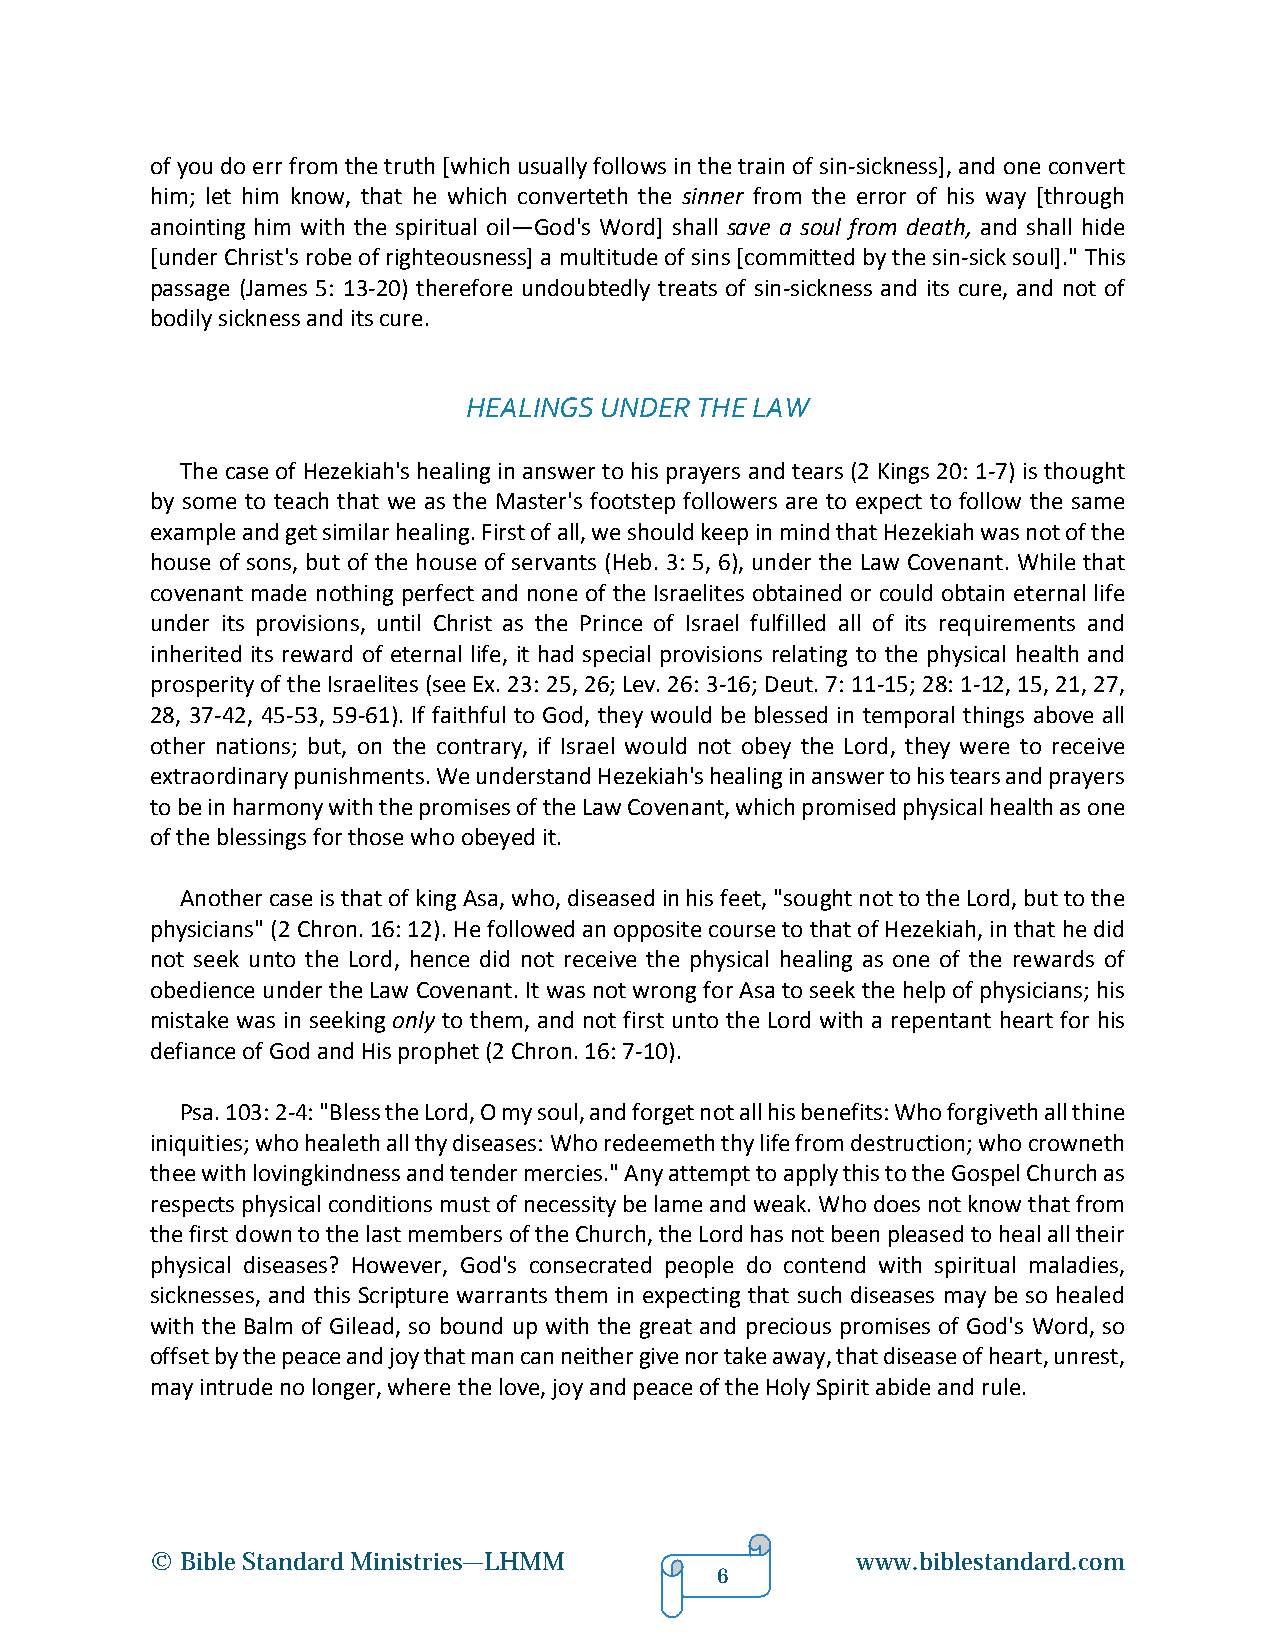
of you do err from the truth [which usually follows in the train of sin-sickness], and one convert
 him; let him know, that he which converteth the sinner from the error of his way [through
 anointing him with the spiritual oil—God's Word] shall save a soul from death, and shall hide
 [under Christ's robe of righteousness] a multitude of sins [committed by the sin-sick soul]." This
 passage (James 5: 13-20) therefore undoubtedly treats of sin-sickness and its cure, and not of
 bodily sickness and its cure.
 HEALINGS UNDER THE LAW
 The case of Hezekiah's healing in answer to his prayers and tears (2 Kings 20: 1-7) is thought
 by some to teach that we as the Master's footstep followers are to expect to follow the same
 example and get similar healing. First of all, we should keep in mind that Hezekiah was not of the
 house of sons, but of the house of servants (Heb. 3: 5, 6), under the Law Covenant. While that
 covenant made nothing perfect and none of the Israelites obtained or could obtain eternal life
 under its provisions, until Christ as the Prince of Israel fulfilled all of its requirements and
 inherited its reward of eternal life, it had special provisions relating to the physical health and
 prosperity of the Israelites (see Ex. 23: 25, 26; Lev. 26: 3-16; Deut. 7: 11-15; 28: 1-12, 15, 21, 27,
 28, 37-42, 45-53, 59-61). If faithful to God, they would be blessed in temporal things above all
 other nations; but, on the contrary, if Israel would not obey the Lord, they were to receive
 extraordinary punishments. We understand Hezekiah's healing in answer to his tears and prayers
 to be in harmony with the promises of the Law Covenant, which promised physical health as one
 of the blessings for those who obeyed it.
 Another case is that of king Asa, who, diseased in his feet, "sought not to the Lord, but to the
 physicians" (2 Chron. 16: 12). He followed an opposite course to that of Hezekiah, in that he did
 not seek unto the Lord, hence did not receive the physical healing as one of the rewards of
 obedience under the Law Covenant. It was not wrong for Asa to seek the help of physicians; his
 mistake was in seeking only to them, and not first unto the Lord with a repentant heart for his
 defiance of God and His prophet (2 Chron. 16: 7-10).
 Psa. 103: 2-4: "Bless the Lord, O my soul, and forget not all his benefits: Who forgiveth all thine
 iniquities; who healeth all thy diseases: Who redeemeth thy life from destruction; who crowneth
 thee with lovingkindness and tender mercies." Any attempt to apply this to the Gospel Church as
 respects physical conditions must of necessity be lame and weak. Who does not know that from
 the first down to the last members of the Church, the Lord has not been pleased to heal all their
 physical diseases? However, God's consecrated people do contend with spiritual maladies,
 sicknesses, and this Scripture warrants them in expecting that such diseases may be so healed
 with the Balm of Gilead, so bound up with the great and precious promises of God's Word, so
 offset by the peace and joy that man can neither give nor take away, that disease of heart, unrest,
 may intrude no longer, where the love, joy and peace of the Holy Spirit abide and rule.
 © Bible Standard Ministries—LHMM               www.biblestandard.com
 6